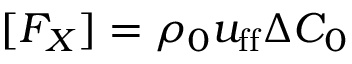
[ F _ { X } ] = \rho _ { 0 } u _ { \mathrm { f f } } \Delta C _ { 0 }